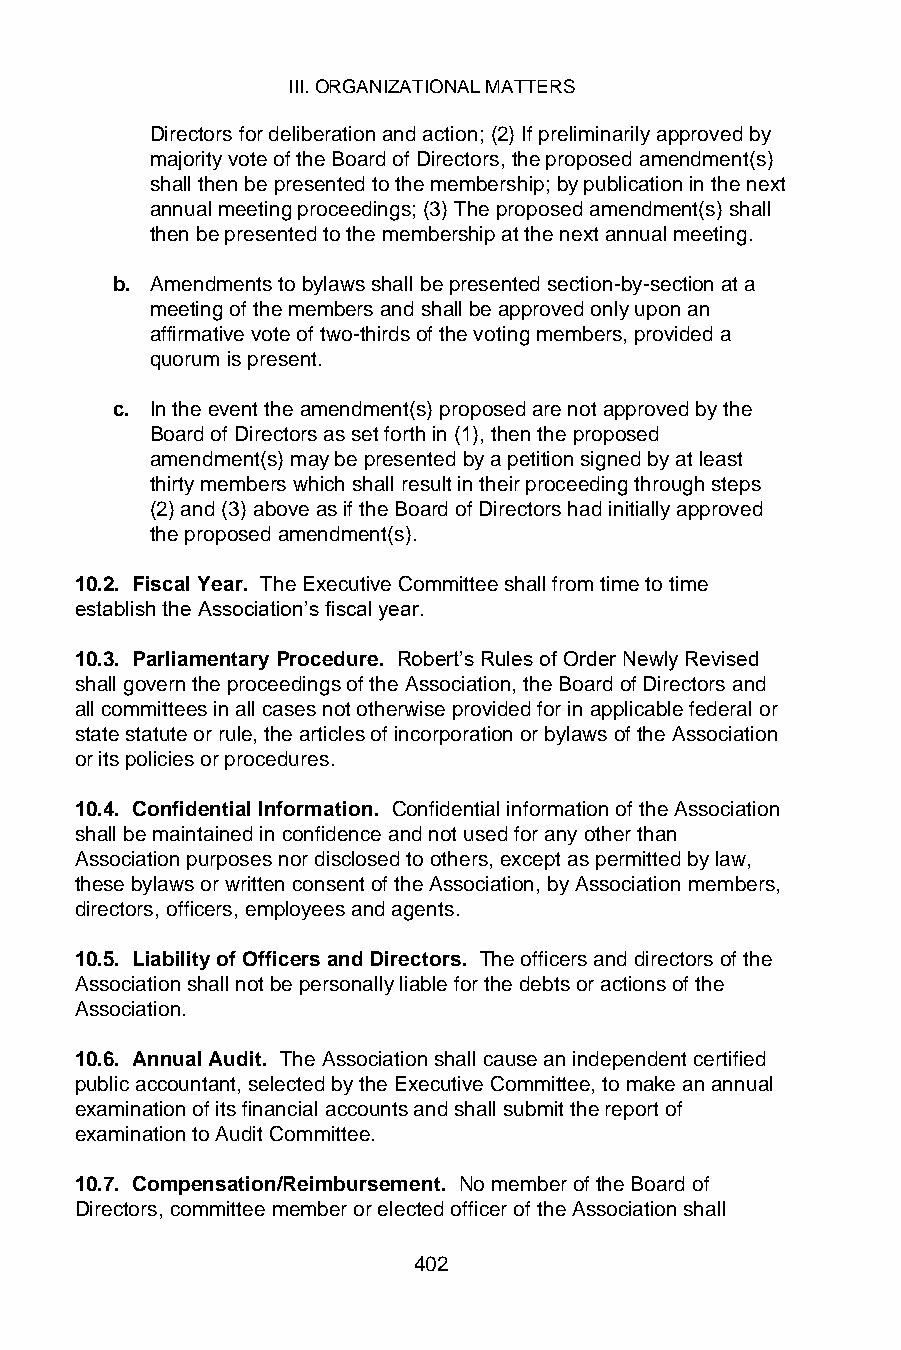
III. ORGANIZATIONAL MATTERS
 Directors for deliberation and action; (2) If preliminarily approved by
 majority vote of the Board of Directors, the proposed amendment(s)
 shall then be presented to the membership; by publication in the next
 annual meeting proceedings; (3) The proposed amendment(s) shall
 then be presented to the membership at the next annual meeting.
 b. Amendments to bylaws shall be presented section-by-section at a
 meeting of the members and shall be approved only upon an
 affirmative vote of two-thirds of the voting members, provided a
 quorum is present.
 c. In the event the amendment(s) proposed are not approved by the
 Board of Directors as set forth in (1), then the proposed
 amendment(s) may be presented by a petition signed by at least
 thirty members which shall result in their proceeding through steps
 (2) and (3) above as if the Board of Directors had initially approved
 the proposed amendment(s).
 10.2. Fiscal Year. The Executive Committee shall from time to time
 establish the Association’s fiscal year.
 10.3. Parliamentary Procedure. Robert’s Rules of Order Newly Revised
 shall govern the proceedings of the Association, the Board of Directors and
 all committees in all cases not otherwise provided for in applicable federal or
 state statute or rule, the articles of incorporation or bylaws of the Association
 or its policies or procedures.
 10.4. Confidential Information. Confidential information of the Association
 shall be maintained in confidence and not used for any other than
 Association purposes nor disclosed to others, except as permitted by law,
 these bylaws or written consent of the Association, by Association members,
 directors, officers, employees and agents.
 10.5. Liability of Officers and Directors. The officers and directors of the
 Association shall not be personally liable for the debts or actions of the
 Association.
 10.6. Annual Audit. The Association shall cause an independent certified
 public accountant, selected by the Executive Committee, to make an annual
 examination of its financial accounts and shall submit the report of
 examination to Audit Committee.
 10.7. Compensation/Reimbursement. No member of the Board of
 Directors, committee member or elected officer of the Association shall
 402